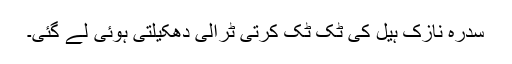
سدرہ نازک ہیل کی ٹک ٹک کرتی ٹرالی دھکیلتی ہوئی لے گئی۔